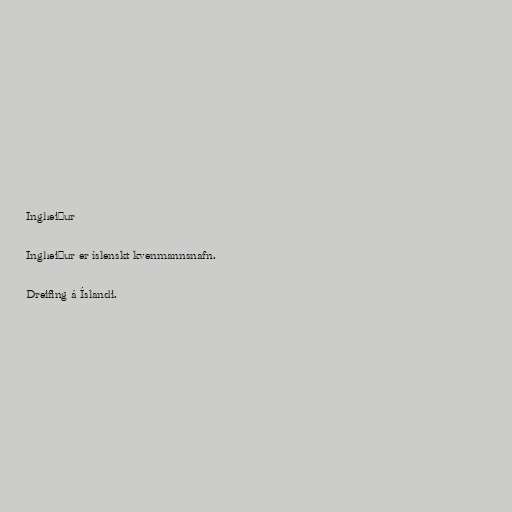
Ingheiður

Ingheiður er íslenskt kvenmannsnafn.

Dreifing á Íslandi.